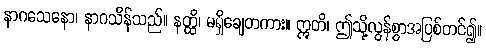
နာဂသေနော၊ နာဂသိန်သည်။ နတ္ထိ၊ မရှိချေတကား။ ဣတိ၊ ဤသို့လွန်စွာအပြစ်တင်၍။